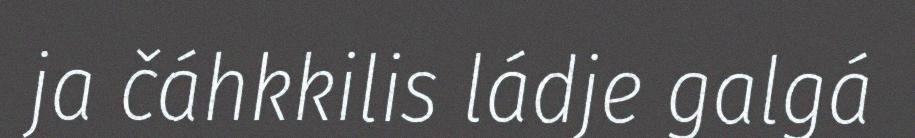
ja čáhkkilis ládje galgá